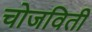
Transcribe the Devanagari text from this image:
चोजविती